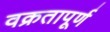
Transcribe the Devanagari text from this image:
वक्रतापूर्ण